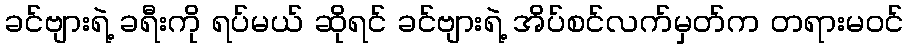
ခင်ဗျားရဲ့ ခရီးကို ရပ်မယ် ဆိုရင် ခင်ဗျားရဲ့ အိပ်စင်လက်မှတ်က တရားမဝင်